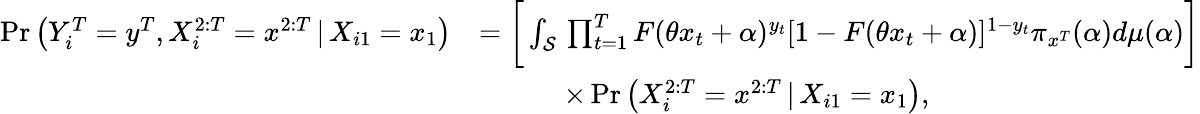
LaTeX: \begin{array}{rl}{\operatorname*{Pr}\left(Y_{i}^{T}=y^{T},X_{i}^{2:T}=x^{2:T}\, |\, X_{i1}=x_{1}\right)}&{=\bigg[\int_{{\cal{S}}}\, \prod_{t=1}^{T}F(\theta x_{t}+\alpha)^{y_{t}}[1-F(\theta x_{t}+\alpha)]^{1-y_{t}}\pi_{x^{T}}(\alpha)d\mu(\alpha)\bigg]}\\ &{\quad\quad\quad\times\operatorname*{Pr}\left(X_{i}^{2:T}=x^{2:T}\, |\, X_{i1}=x_{1}\right),}\end{array}